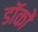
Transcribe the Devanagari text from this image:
डॉकों